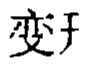
变开